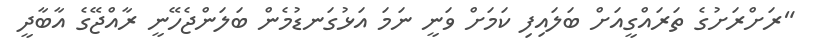
"ރަށްރަށުގެ ތަރައްގީއަށް ބަލައިފި ކަމަށް ވަނީ ނަމަ އަޅުގަނޑުމެން ބަލަންޖެހޭނީ ރާއްޖޭގެ އާބާދީ